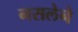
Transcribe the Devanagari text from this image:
नसलेने